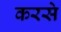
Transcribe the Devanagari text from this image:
करसे